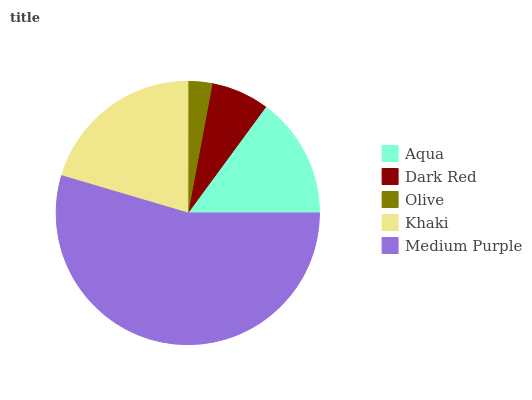
| Aqua | Dark Red | Olive | Khaki | Medium Purple |
 | --- | --- | --- | --- | --- |
 | 14.9% | 7.13% | 2.95% | 20.4% | 54.6% |